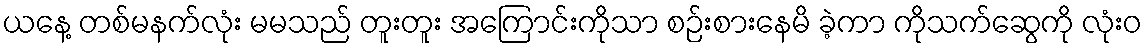
ယနေ့ တစ်မနက်လုံး မမသည် တူးတူး အကြောင်းကိုသာ စဉ်းစားနေမိ ခဲ့ကာ ကိုသက်ဆွေကို လုံးဝ